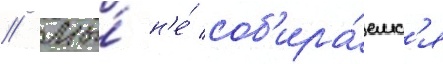
// Мы́ н'е́ соб'ира́емс'я